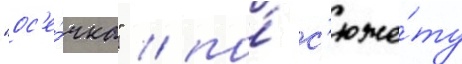
"ос'е́чка" / по́ с'юже́ту